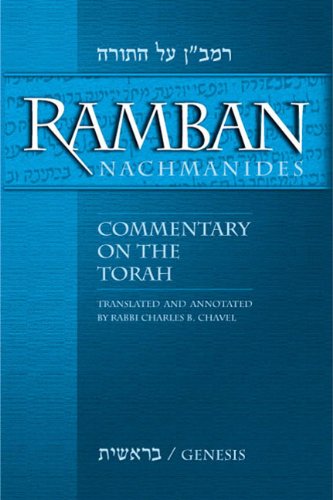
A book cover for Ramban (Nachmanides): Commentary on the Torah (5 Vol. Set) S/C; Ramban (Nachmanides); Religion & Spirituality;